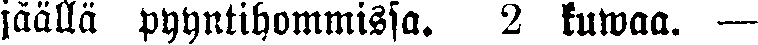
jäällä pyyntihommissa. 2 kuwaa. —